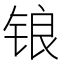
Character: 锒